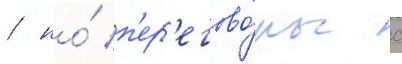
/ но́ п'ер'егово́ры с